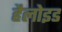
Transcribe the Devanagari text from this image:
हैलोइड